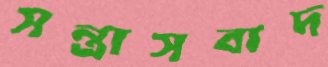
সন্ত্রাসবাদ